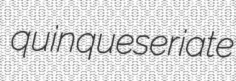
quinqueseriate